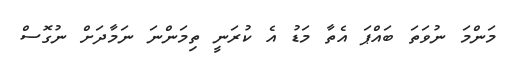
މަންމަ ނުވަތަ ބައްޕަ އެތާ މަޑު އެ ކުރަނީ ތިމަންނަ ނަމާދަށް ނުގޮސް